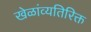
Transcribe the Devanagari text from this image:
खेळांव्यतिरिक्त